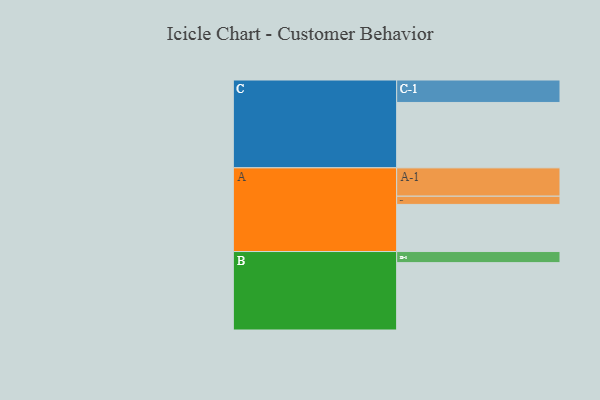
{"axis": {"x": "Segment", "y": "Value"}, "legend": ["", "A", "B", "C"], "data": [{"x": "A", "y": 361, "type": ""}, {"x": "B", "y": 516, "type": ""}, {"x": "C", "y": 501, "type": ""}, {"x": "A-1", "y": 217, "type": "A"}, {"x": "A-2", "y": 63, "type": "A"}, {"x": "B-1", "y": 85, "type": "B"}, {"x": "C-1", "y": 172, "type": "C"}]}